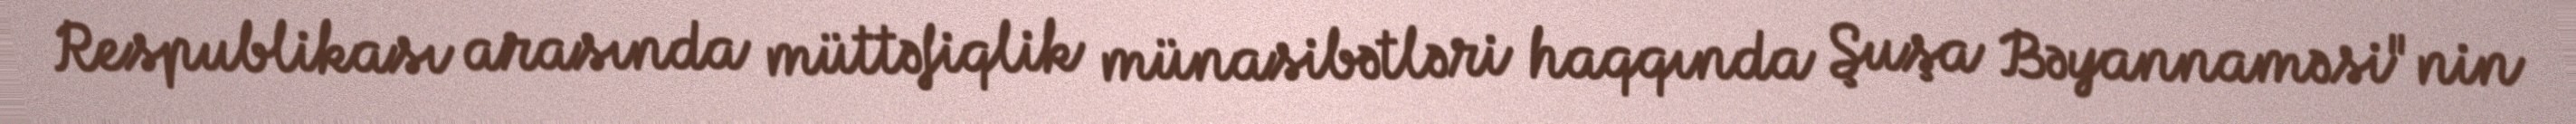
Respublikası arasında müttəfiqlik münasibətləri haqqında Şuşa Bəyannaməsi"nin